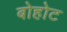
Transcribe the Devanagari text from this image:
बोहोट